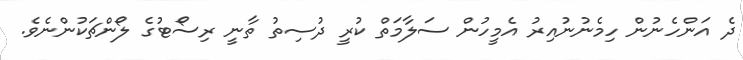
ދެ އަންހެނުން ހިމެނުނުއިރު އެމީހުން ސަލާމަތް ކުރީ ދުސިތު ތާނީ ރިސޯޓުގެ ލޯންޗަކުންނެވެ.